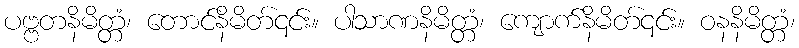
ပဗ္ဗတနိမိတ္တံ၊ တောင်နိမိတ်၎င်း။ ပါသာဏနိမိတ္တံ၊ ကျောက်နိမိတ်၎င်း။ ဝနနိမိတ္တံ၊